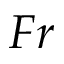
F r